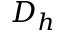
D _ { h }